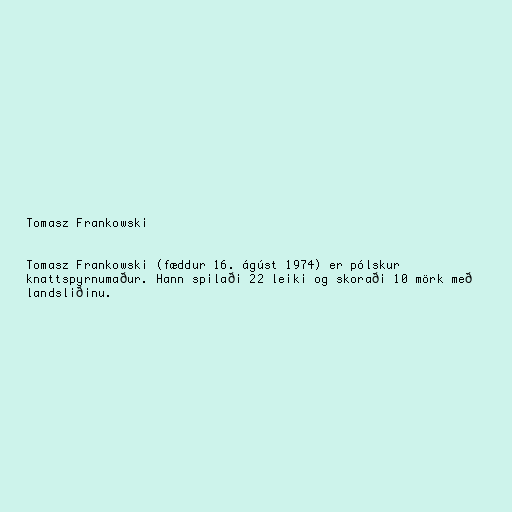
Tomasz Frankowski

Tomasz Frankowski (fæddur 16. ágúst 1974) er pólskur
knattspyrnumaður. Hann spilaði 22 leiki og skoraði 10 mörk með
landsliðinu.